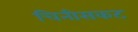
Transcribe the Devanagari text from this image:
चिनीसकट